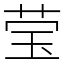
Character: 莹